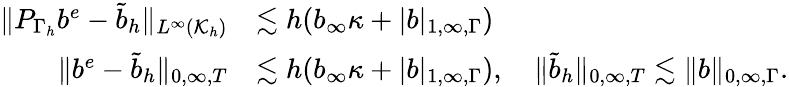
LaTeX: \begin{array}{rl}{\| P_{\Gamma_{h}}b^{e}-{\widetilde{b}}_{h}\| _{L^{\infty}(\mathcal{K}_{h})}}&{\lesssim h(b_{\infty}\kappa+|b|_{1,\infty,\Gamma})}\\ {\| b^{e}-{\widetilde{b}}_{h}\| _{0,\infty,T}}&{\lesssim h(b_{\infty}\kappa+|b|_{1,\infty,\Gamma}),\quad\| {\widetilde{b}}_{h}\| _{0,\infty,T}\lesssim\| b\| _{0,\infty,\Gamma}.}\end{array}